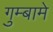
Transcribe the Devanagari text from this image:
गुम्बामे